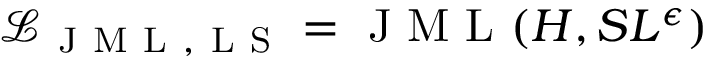
\mathcal { L } _ { \mathrm { ~ J ~ M ~ L ~ , ~ L ~ S ~ } } = \mathrm { ~ J ~ M ~ L ~ } ( H , S L ^ { \epsilon } )